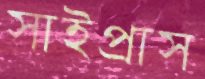
সাইপ্রাস